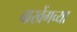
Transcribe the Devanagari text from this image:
बाखेंगच्या